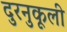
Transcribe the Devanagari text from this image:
दुरनुकूली